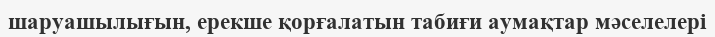
шаруашылығын, ерекше қорғалатын табиғи аумақтар мәселелері